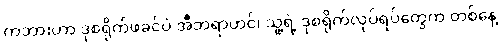
ကဘားဟာ ဒုစရိုက်ဖခင်ပဲ အီဘရာဟင်၊ သူ့ရဲ့ ဒုစရိုက်လုပ်ရပ်တွေက တစ်နေ့